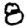
Digit: 8